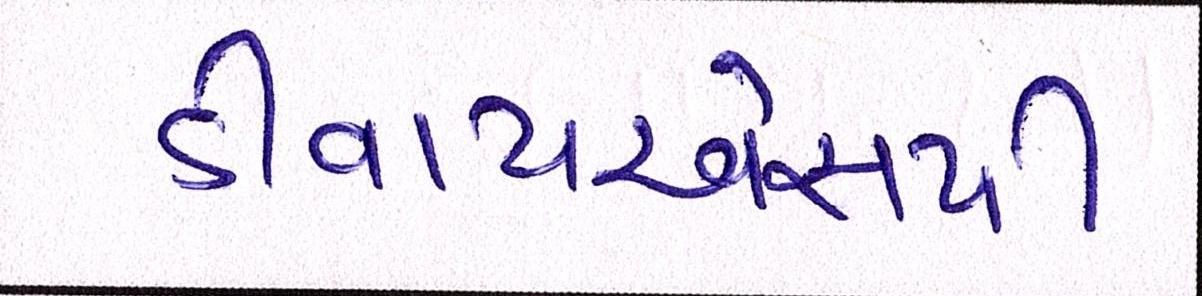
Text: ડીવાયએસપી